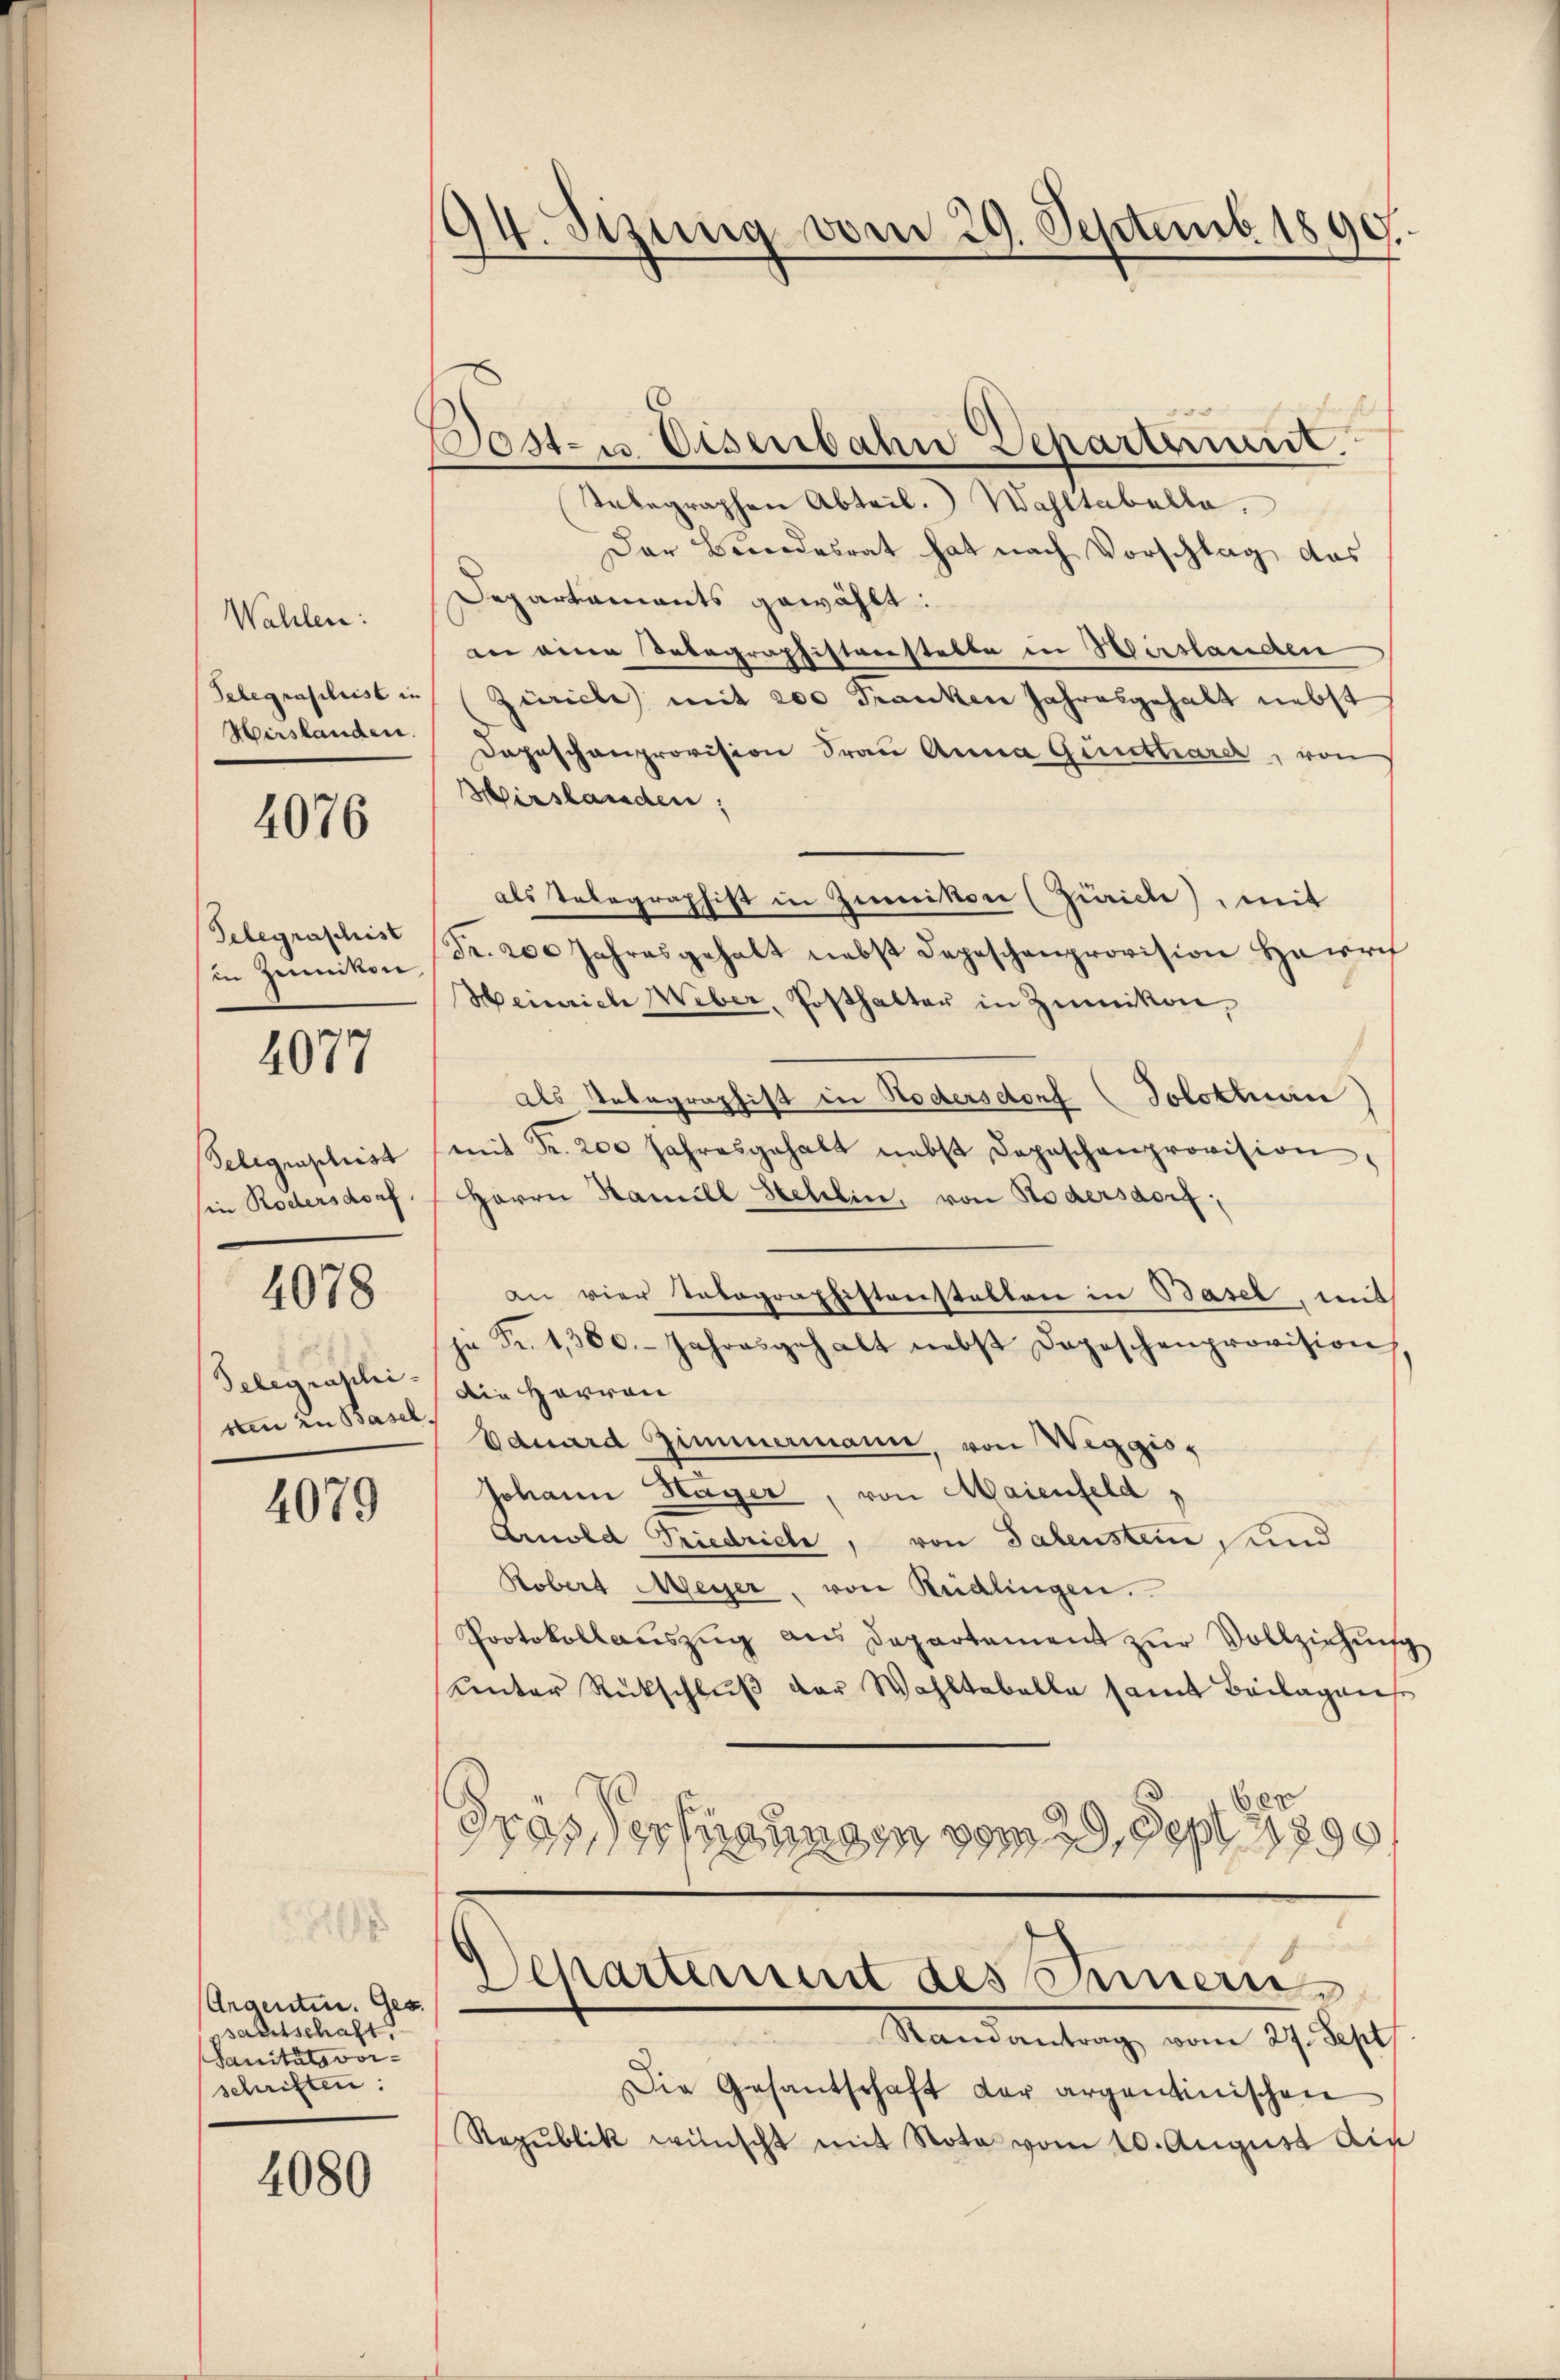
Wahlen:
Telegrasiliist in
Verstanden.

4076

Telegraschist
in Zumikon

4077

Telegraphist
in Rodlersdorf.

4078

Telegraschi
sten zu Basel.

4079

0
Angenten. Ges.
saltschaft.
Sanitätsvor-
schriften:

4080

94. Sizung vom 29. Septemb. 1890.

s

i
Sosten Eisenbahn Departerint.
Telegraphen Abteil. Wahltabella.
Der Beendesrat hat nach Vorschlag, das
Departaments gewählt:
an eine Telegraphistverstelle in Hirslanden
Zürich mit 200 Franken Jahresgehalt nebst
Depeschenprovision Frau Anna Gunthärer, von
Hirslanden;
als Telegraphist in Zumikon (Zürich), mit
Fr. 200 Jahresgehalt nebst Depeschenprovision Herrn
Heinrich Weber, Posthalter in Zumikon,
Als Telegraphist in Rödersdorf (Solothurn
mit Fr. 200 Jahresgehalt nebst Depeschenprovision,
Herrn Kamill Stehlin, von Rödersdorf,
an vier Tabographistenstalten in Basel, mit
ja Fr. 1360. Jahresgehalt nebst Depeschenprovision
Die Herren
Eduard Zimmermann, von Weggio,
Johann Häger, von Maienfeld,
Amold Friedrich, von Talenstein, und
Robert Meyer, von Rüdlingen.
Protokollaŭszŭg ans Departement zŭr Vollziehŭng
unter Rückschlŭβ der Wahltabelle samt Beilagens
Grössersangen vom 29. Sept 1890

Departement des Innern
Randantrag vom 27. Sept

Die Gesantschaft der argentinischen
Republik wünscht mit Nota vom 10. August die